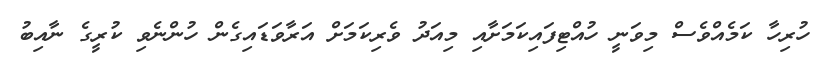
ހުރިހާ ކަމެއްވެސް މިވަނީ ހުއްޓިފައިކަމަށާއި މިއަދު ވެރިކަމަށް އަރާވަޑައިގެން ހުންނެވި ކުރީގެ ނާއިބު